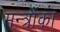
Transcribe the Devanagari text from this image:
मन्त्रौंका